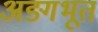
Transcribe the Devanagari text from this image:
अङ्गभूत